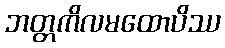
ဘတ္တကိလမထောပိဿ